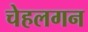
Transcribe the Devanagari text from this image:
चेहलगन